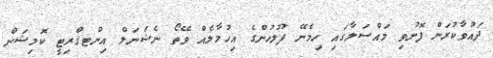
ދައުވާކުރަން ފޮނުވި މައްސަލާގައި ހިމެނޭ ފުލުހުންގެ އިހުމާލެއް ވޭތޯ ނެޝަނަލް އިންޓގްރިޓީ ކޮމިޝަން